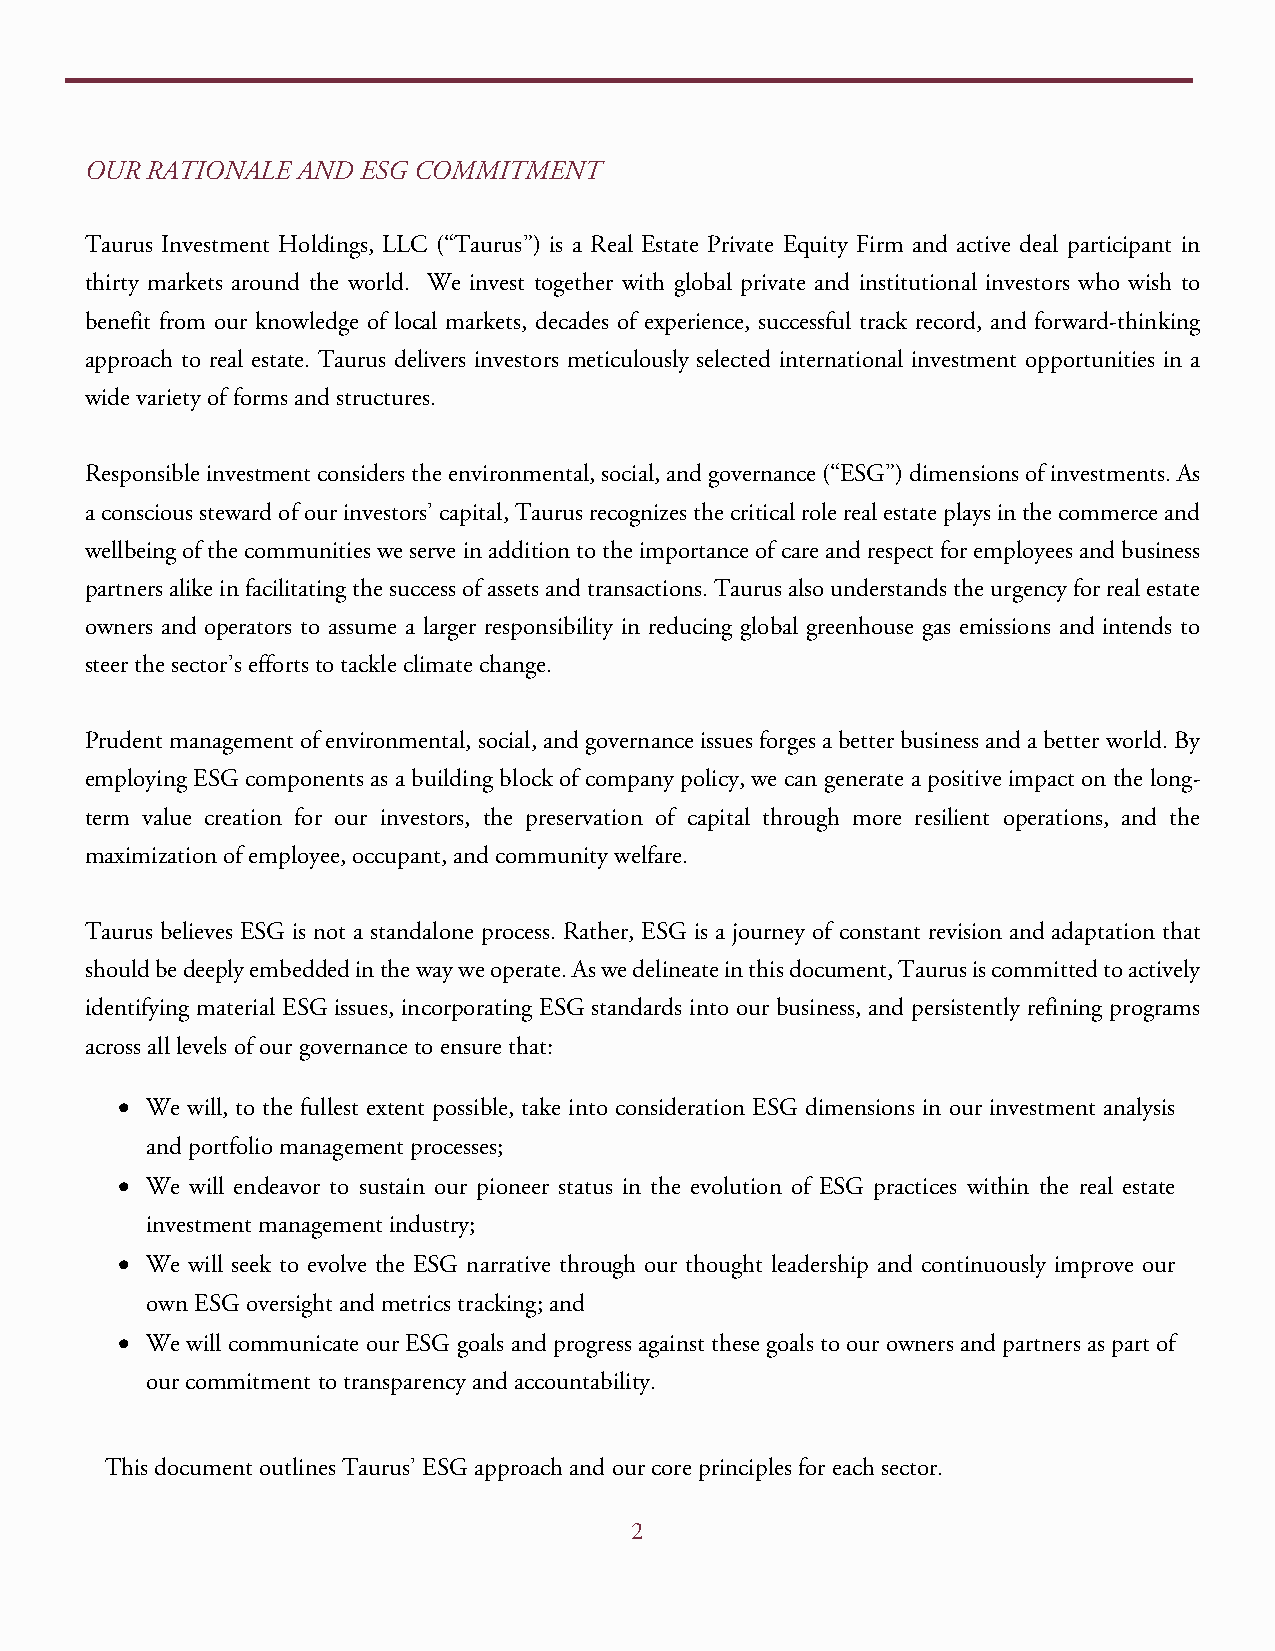
OUR RATIONALE AND ESG COMMITMENT
 Taurus Investment Holdings, LLC (“Taurus”) is a Real Estate Private Equity Firm and active deal participant in
 thirty markets around the world. We invest together with global private and institutional investors who wish to
 benefit from our knowledge of local markets, decades of experience, successful track record, and forward-thinking
 approach to real estate. Taurus delivers investors meticulously selected international investment opportunities in a
 wide variety of forms and structures.
 Responsible investment considers the environmental, social, and governance (“ESG”) dimensions of investments. As
 a conscious steward of our investors’ capital, Taurus recognizes the critical role real estate plays in the commerce and
 wellbeing of the communities we serve in addition to the importance of care and respect for employees and business
 partners alike in facilitating the success of assets and transactions. Taurus also understands the urgency for real estate
 owners and operators to assume a larger responsibility in reducing global greenhouse gas emissions and intends to
 steer the sector’s efforts to tackle climate change.
 Prudent management of environmental, social, and governance issues forges a better business and a better world. By
 employing ESG components as a building block of company policy, we can generate a positive impact on the long-
 term value creation for our investors, the preservation of capital through more resilient operations, and the
 maximization of employee, occupant, and community welfare.
 Taurus believes ESG is not a standalone process. Rather, ESG is a journey of constant revision and adaptation that
 should be deeply embedded in the way we operate. As we delineate in this document, Taurus is committed to actively
 identifying material ESG issues, incorporating ESG standards into our business, and persistently refining programs
 across all levels of our governance to ensure that:
 • We will, to the fullest extent possible, take into consideration ESG dimensions in our investment analysis
 and portfolio management processes;
 • We will endeavor to sustain our pioneer status in the evolution of ESG practices within the real estate
 i nvestment management industry;
 • W e will seek to evolve the ESG narrative through our thought leadership and continuously improve our
 own ESG oversight and metrics tracking; and
 • We will communicate our ESG goals and progress against these goals to our owners and partners as part of
 our commitment to transparency and accountability.
 This document outlines Taurus’ ESG approach and our core principles for each sector.
 2